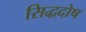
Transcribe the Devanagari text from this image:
सिद्धदोष